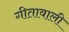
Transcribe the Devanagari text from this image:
गीतावाली